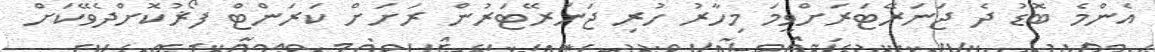
އެންމެ ބޮޑު ދެ ޖަނަރޭޓަރަށްވީމަ މިހާރު ހުރި ޖަނަރޭޓަރުން ރަށަށް ކަރަންޓް ފޯޜުކޮށްދެވޭކަށް